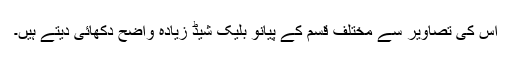
اس کی تصاویر سے مختلف قسم کے پیانو بلیک شیڈ زیادہ واضح دکھائی دیتے ہیں۔